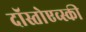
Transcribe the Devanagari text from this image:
दॉस्तोएव्स्की